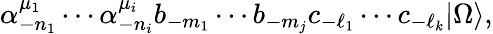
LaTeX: \alpha_{-n_{1}}^{\mu_{1}}\cdots\alpha_{-n_{i}}^{\mu_{i}}b_{-m_{1}}\cdots b_{-m_{j}}c_{-\ell_{1}}\cdots c_{-\ell_{k}}|\Omega\rangle,